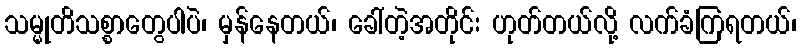
သမ္မုတိသစ္စာတွေပါပဲ၊ မှန်နေတယ်၊ ခေါ်တဲ့အတိုင်း ဟုတ်တယ်လို့ လက်ခံကြရတယ်၊